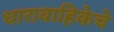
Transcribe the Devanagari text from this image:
धारावाहिकेचे